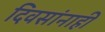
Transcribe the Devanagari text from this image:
दिवसांनाही